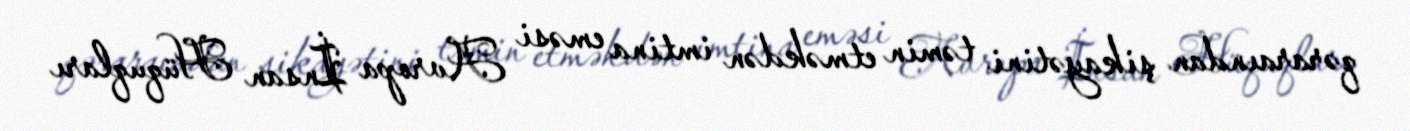
qəraraından şikayətini təmin etməkdən imtina eməsi Avropa İnsan Hüquqları